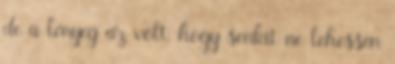
de a lényeg az volt, hogy senkit ne lehessen